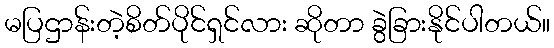
မပြဌာန်းတဲ့စိတ်ပိုင်ရှင်လား ဆိုတာ ခွဲခြားနိုင်ပါတယ်။